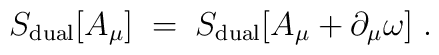
S_{{\rm dual}}[A_\mu ]\;=\;S_{{\rm dual}}[A_\mu +\partial _\mu \omega ]\;.